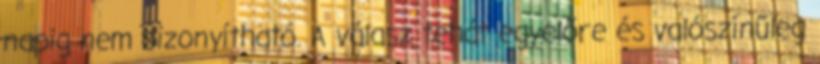
napig nem bizonyítható. A válasz tehát egyelőre és valószínűleg